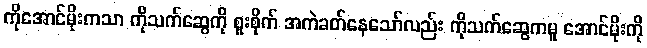
ကိုအောင်မိုးကသာ ကိုသက်ဆွေကို စူးစိုက် အကဲခတ်နေသော်လည်း ကိုသက်ဆွေကမူ အောင်မိုးကို